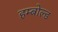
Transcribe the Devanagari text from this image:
हम्बोल्ड